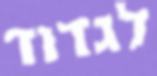
לגדוד